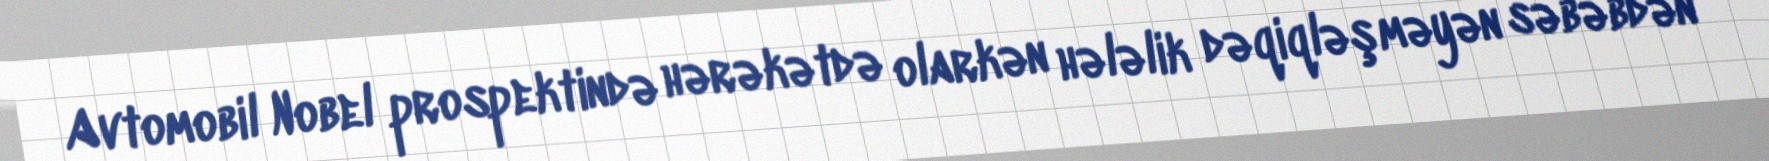
Avtomobil Nobel prospektində hərəkətdə olarkən hələlik dəqiqləşməyən səbəbdən